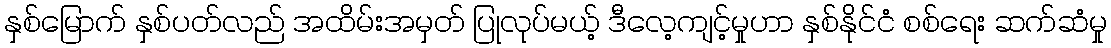
နှစ်မြောက် နှစ်ပတ်လည် အထိမ်းအမှတ် ပြုလုပ်မယ့် ဒီလေ့ကျင့်မှုဟာ နှစ်နိုင်ငံ စစ်ရေး ဆက်ဆံမှု